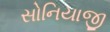
સોનિયાજી